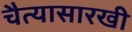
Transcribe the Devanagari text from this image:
चैत्यासारखी